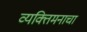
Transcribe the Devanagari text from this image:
व्यक्तिमनाचा